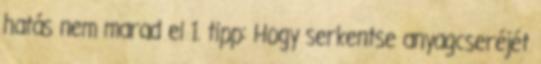
hatás nem marad el 1. tipp: Hogy serkentse anyagcseréjét